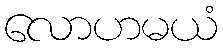
လောဟမယံ